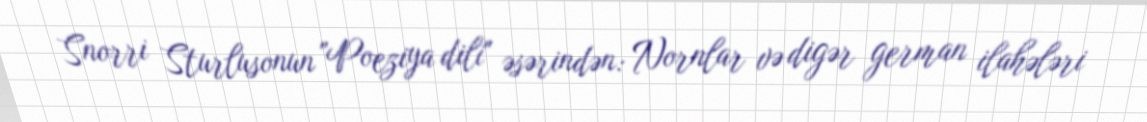
Snorri Sturlusonun "Poeziya dili" əsərindən: Nornlar və digər german ilahələri